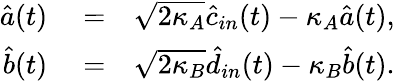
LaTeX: \begin{array}{rlr}{\hat{a}(t)}&{{}=}&{\sqrt{2\kappa_{A}}\hat{c}_{in}(t)-\kappa_{A}\hat{a}(t),}\\ {\hat{b}(t)}&{{}=}&{\sqrt{2\kappa_{B}}\hat{d}_{in}(t)-\kappa_{B}\hat{b}(t).}\end{array}